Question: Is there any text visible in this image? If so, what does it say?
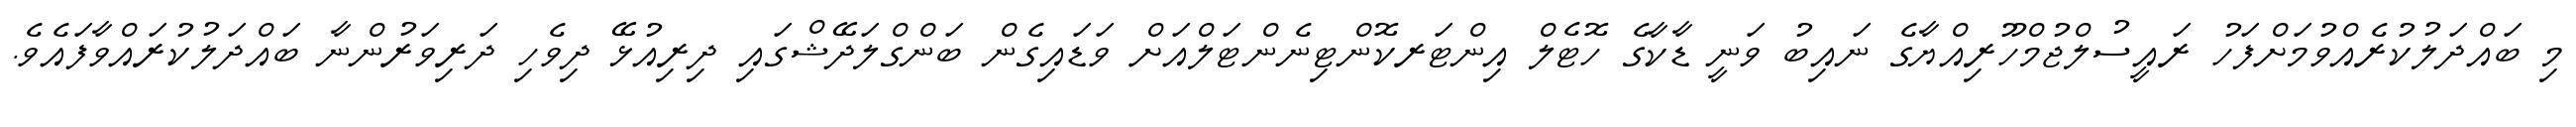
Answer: މި ބައްދަލުކުރެއްވުމަށްފަހު ރައީސުލްޖުމްހޫރިއްޔާގެ ނައިބު ވަނީ ޑާކާގެ ހޮޓެލް އިންޓަރކޮންޓިނެންޓަލްއަށް ވަޑައިގެން ބަންގްލަދޭޝްގައި ދިރިއުޅޭ ދިވެހި ދަރިވަރުންނާ ބައްދަލުކުރައްވާފައެވެ.